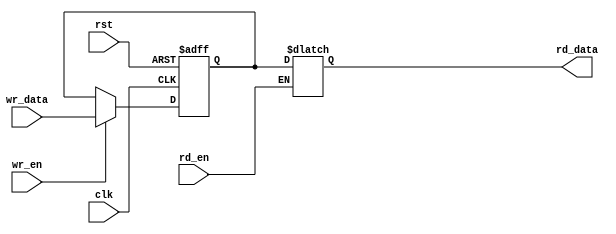
module dual_port_register (
    input clk,
    input rst,
    input [31:0] wr_data, // data to be written
    input wr_en, // write enable
    output reg [31:0] rd_data, // data to be read
    input rd_en // read enable
);
    
    reg [31:0] reg_data; // internal register data
    
    always @(posedge clk or posedge rst) begin
        if (rst) begin
            reg_data <= 0;
        end else begin
            if (wr_en) begin
                reg_data <= wr_data;
            end
        end
    end
    
    always @(*) begin
        if (rd_en) begin
            rd_data = reg_data;
        end
    end
    
endmodule